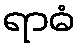
ရာဓံ